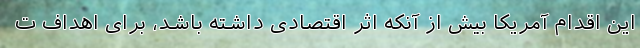
این اقدام آمریکا بیش از آنکه اثر اقتصادی داشته باشد، برای اهداف ت